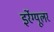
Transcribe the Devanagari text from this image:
इर्रेग्यूलर